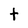
Character: t